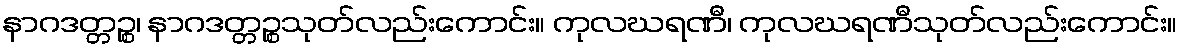
နာဂဒတ္တဉ္စ၊ နာဂဒတ္တဉ္စသုတ်လည်းကောင်း။ ကုလဃရဏီ၊ ကုလဃရဏီသုတ်လည်းကောင်း။